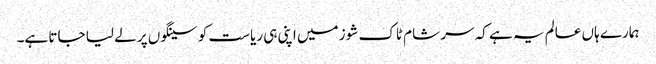
ہمارے ہاں عالم یہ ہے کہ سر شام ٹاک شوز میں اپنی ہی ریاست کو سینگوں پر لے لیا جاتا ہے۔